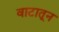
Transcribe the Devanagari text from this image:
वाटातून